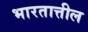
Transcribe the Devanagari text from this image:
भारतात्तील